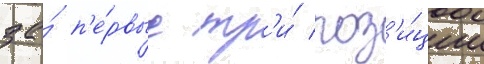
за́ п'е́рвые тр'и́ поз'и́ции